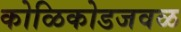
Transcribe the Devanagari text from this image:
कोळिकोडजवळ